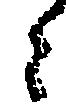
ら